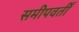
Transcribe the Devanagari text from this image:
समीपवर्तीं